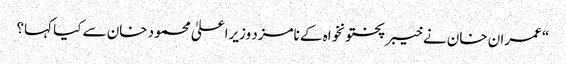
“ عمران خان نے خیبرپختونخواہ کے نامزد وزیراعلیٰ محمود خان سے کیا کہا؟